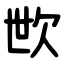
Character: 㰥